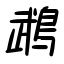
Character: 鵡